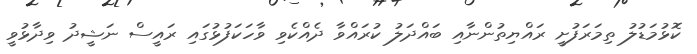
ކޮޅުމަޑުލު ތިމަރަފުށީ ރައްޔިތުންނާއި ބައްދަލު ކުރައްވާ ދެއްކެވި ވާހަކަފުޅުގައި ރައީސް ނަޝީދު ވިދާޅުވީ